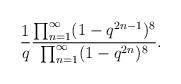
LaTeX: \begin{align*}{1\over q}{\prod_{n=1}^{\infty}(1-q^{2n-1})^8 \over \prod_{n=1}^{\infty}(1-q^{2n})^8} .\end{align*}